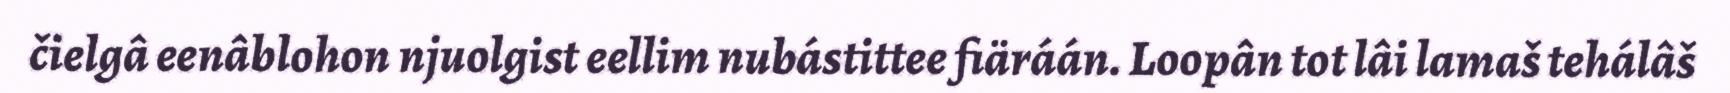
čielgâ eenâblohon njuolgist eellim nubástittee fiäráán. Loopân tot lâi lamaš tehálâš